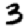
Digit: 3